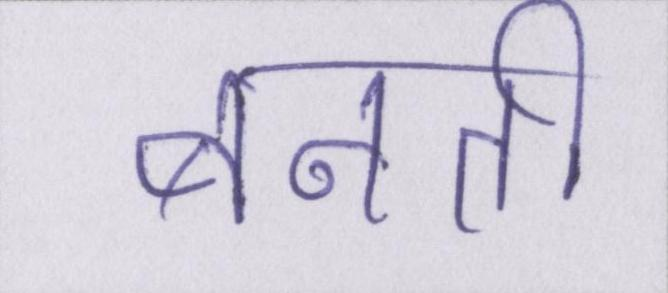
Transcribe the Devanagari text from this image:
बनती